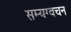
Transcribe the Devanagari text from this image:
सम्यग्वचन